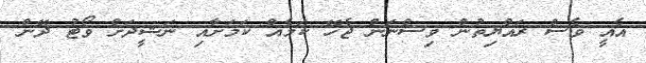
އެއީ ވެސް ރައްޔިތުން ވިސްނަން ޖެހޭ ކަމެއް ކަމަށާއި ނަޝީދަށް ވޯޓު ދޭން